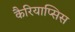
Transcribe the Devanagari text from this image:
कैरियाप्सिस